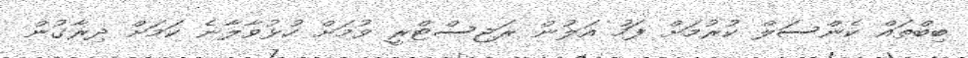
ބިބްތައް ކެންސަލް ކުރުމަށް ފަހު އަލުން ރަޖިސްޓްރީ ވުމަށް ހުޅުވާލާނެ ކަމަށް ދިރާގުން